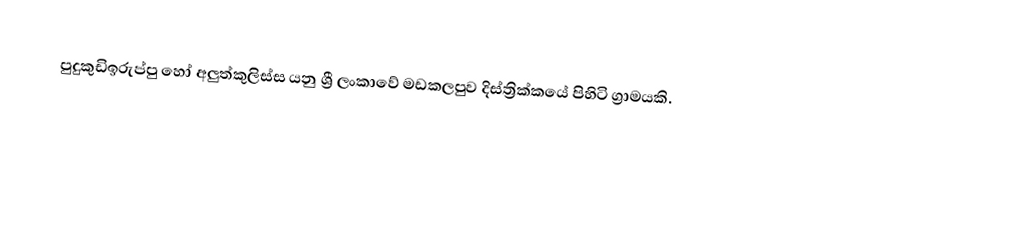
පුදුකුඩිඉරුප්පු හෝ අලුත්කුලිස්ස යනු ශ්‍රී ලංකාවේ මඩකලපුව දිස්ත්‍රික්කයේ පිහිටි ග්‍රාමයකි.